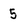
Character: 5